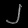
Digit: ၂